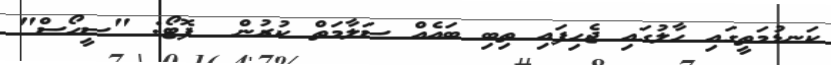
ކަނޑުމަތީގައި ހާލުގައި ޖެހިފައި ތިބި ބައެއް ސަލާމަތް ކުރުން  ފޮޓޯ: "ސީހޯސް"